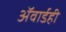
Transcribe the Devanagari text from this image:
ॲवार्डही